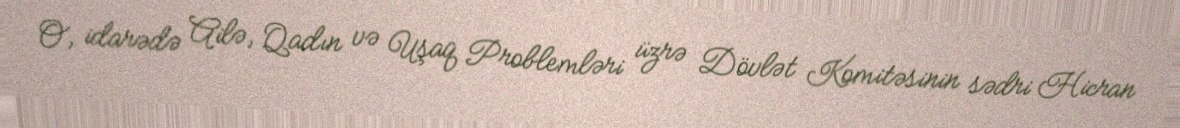
O, idarədə Ailə, Qadın və Uşaq Problemləri üzrə Dövlət Komitəsinin sədri Hicran